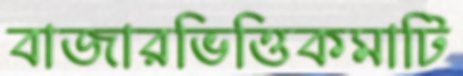
বাজারভিত্তিকমাটি